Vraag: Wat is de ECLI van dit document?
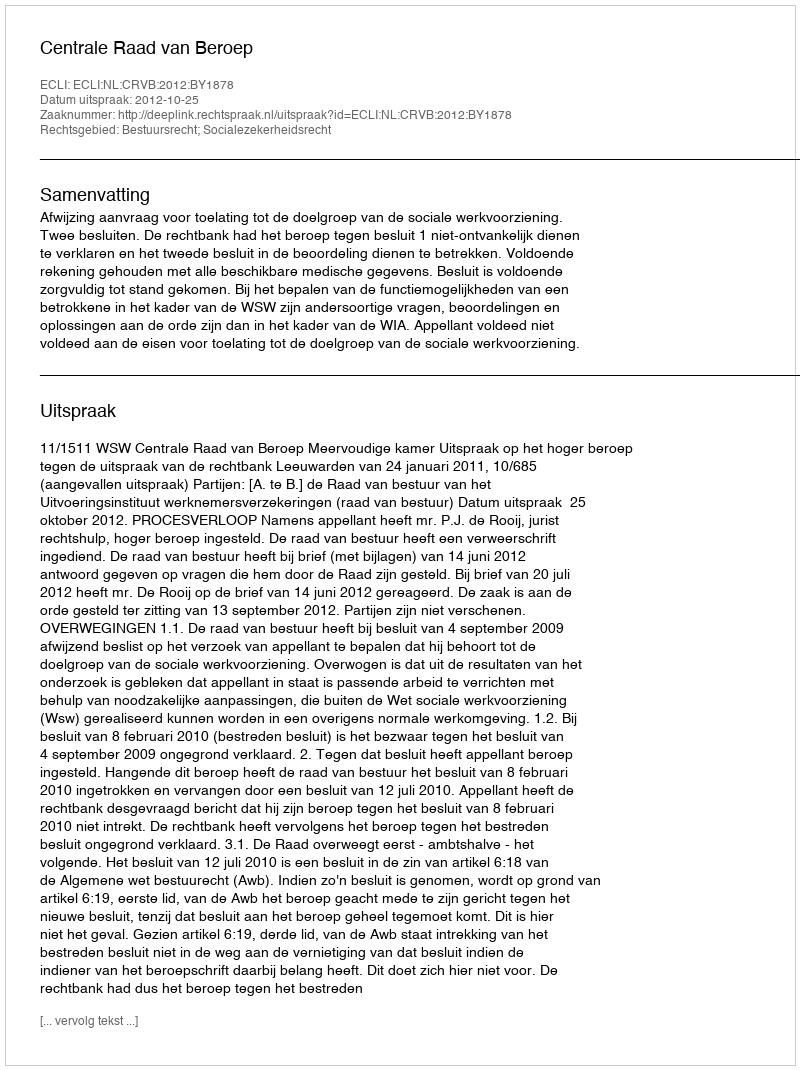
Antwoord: ECLI:NL:CRVB:2012:BY1878